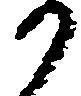
か